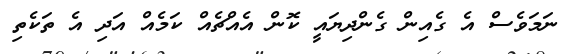
ނަމަވެސް އެ ގެއިން ގެންދިޔައީ ކޮން އެއްޗެއް ކަމެއް އަދި އެ ތަކެތި